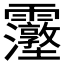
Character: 𮦿